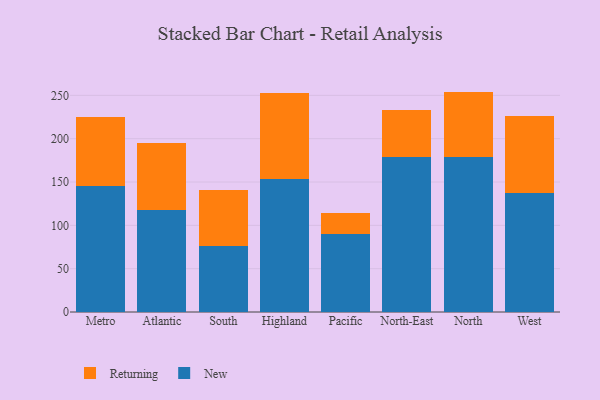
{"axis": {"x": "Region", "y": "Satisfaction Score"}, "legend": ["New", "Returning"], "data": [{"x": "Metro", "y": 145.6, "type": "New"}, {"x": "Metro", "y": 79.3, "type": "Returning"}, {"x": "Atlantic", "y": 117.2, "type": "New"}, {"x": "Atlantic", "y": 77.8, "type": "Returning"}, {"x": "South", "y": 76.6, "type": "New"}, {"x": "South", "y": 64.5, "type": "Returning"}, {"x": "Highland", "y": 153.7, "type": "New"}, {"x": "Highland", "y": 98.8, "type": "Returning"}, {"x": "Pacific", "y": 89.8, "type": "New"}, {"x": "Pacific", "y": 24.2, "type": "Returning"}, {"x": "North-East", "y": 178.5, "type": "New"}, {"x": "North-East", "y": 54.7, "type": "Returning"}, {"x": "North", "y": 178.3, "type": "New"}, {"x": "North", "y": 76.0, "type": "Returning"}, {"x": "West", "y": 137.2, "type": "New"}, {"x": "West", "y": 88.7, "type": "Returning"}]}